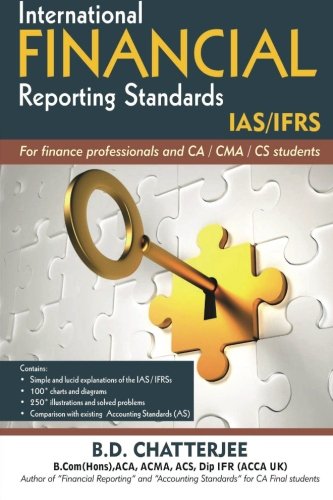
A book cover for International Financial Reporting Standards: This work professes to assist finance professionals and students to deep dive into International ... with illustration and solved problems; Mr B D Chatterjee; Business & Money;